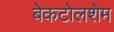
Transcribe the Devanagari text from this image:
बेकटोलशेम